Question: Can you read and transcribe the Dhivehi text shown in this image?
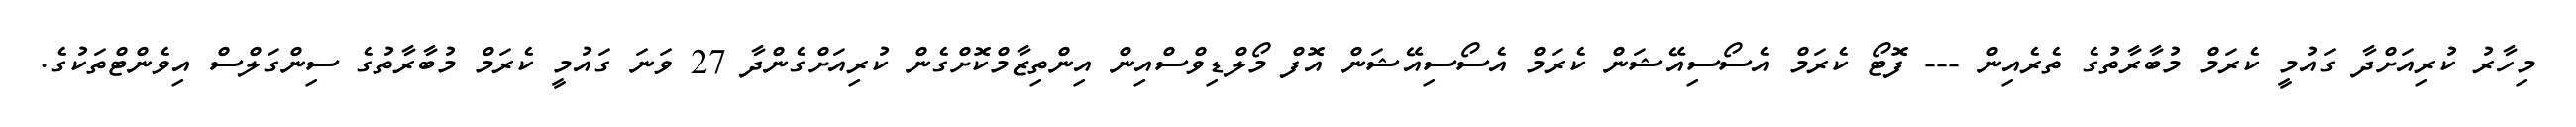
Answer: މިހާރު ކުރިއަށްދާ ގައުމީ ކެރަމް މުބާރާތުގެ ތެރެއިން --- ފޮޓޯ ކެރަމް އެސޯސިއޭޝަން ކެރަމް އެސޯސިއޭޝަން އޮފް މޯލްޑިވްސްއިން އިންތިޒާމްކޮށްގެން ކުރިއަށްގެންދާ 27 ވަނަ ގައުމީ ކެރަމް މުބާރާތުގެ ސިންގަލްސް އިވެންޓްތަކުގެ.